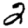
Digit: 2